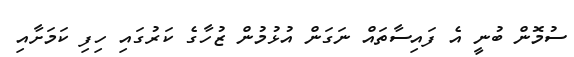
ސުމޮން ބުނީ އެ ފައިސާތައް ނަގަން އުޅުމުން ޒުހާގެ ކަރުގައި ހިފި ކަމަށާއި